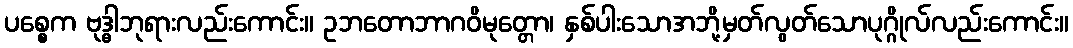
ပစ္စေက ဗုဒ္ဓါဘုရားလည်းကောင်း။ ဥဘတောဘာဂဝိမုတ္တော၊ နှစ်ပါးသောအဘို့မှတ်လွတ်သောပုဂ္ဂိုလ်လည်းကောင်း။